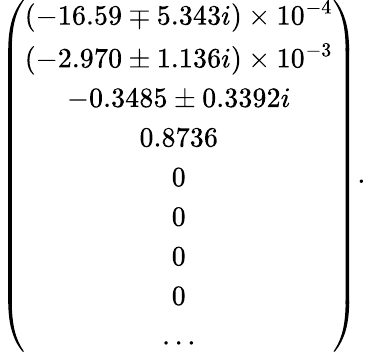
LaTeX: \left(\begin{array}{c}{{(-16.59\mp 5.343i)\times 10^{-4}}}\\ {{(-2.970\pm 1.136i)\times 10^{-3}}}\\ {{-0.3485\pm 0.3392i}}\\ {{0.8736}}\\ {{0}}\\ {{0}}\\ {{0}}\\ {{0}}\\ {{\ldots}}\end{array}\right).